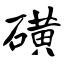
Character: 磺